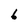
Character: 6